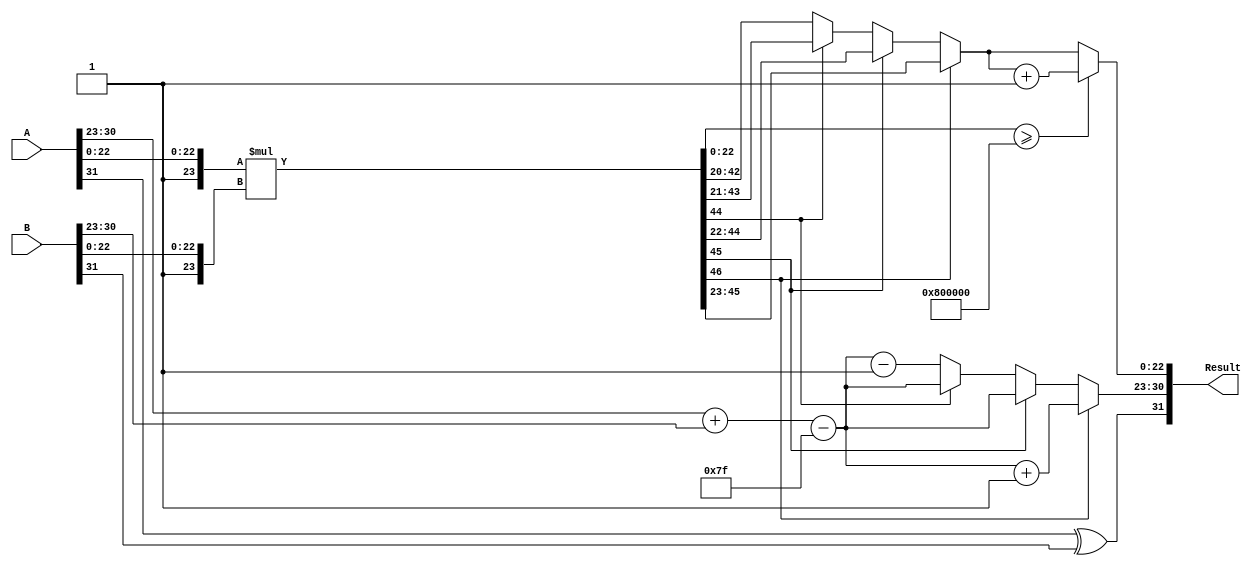
module FloatingPointMultiplier (
    input [31:0] A, // First 32-bit floating-point input
    input [31:0] B, // Second 32-bit floating-point input
    output reg [31:0] Result // 32-bit floating-point output
);

    wire S_A, S_B;          // Sign bits
    wire [7:0] E_A, E_B;    // Exponent bits
    wire [22:0] M_A, M_B;    // Mantissa bits
    wire [23:0] M_A_prime, M_B_prime; // Normalized mantissa (with implicit 1)
    wire [47:0] P;          // Product of mantissas
    reg [7:0] E_R;          // Result exponent
    reg [22:0] M_R;         // Result mantissa
    reg S_R;                // Result sign
    reg [24:0] normalized_M; // Storage for potential normalization
    
    // Constants
    localparam BIAS = 8'd127;
    localparam EXPONENT_WIDTH = 8;
    localparam MANTISSA_WIDTH = 23;
    
    // Decompose input numbers
    assign S_A = A[31];
    assign E_A = A[30:23];
    assign M_A = A[22:0];
    
    assign S_B = B[31];
    assign E_B = B[30:23];
    assign M_B = B[22:0];

    // Normalize mantissas
    assign M_A_prime = {1'b1, M_A}; // 1.M_A
    assign M_B_prime = {1'b1, M_B}; // 1.M_B

    // Multiply mantissas in parallel
    assign P = M_A_prime * M_B_prime; // P is 47 bits long

    // Calculate the sign of the result
    always @* begin
        S_R = S_A ^ S_B; // Result sign
        E_R = E_A + E_B - BIAS; // Result exponent
        
        // Check for normalization
        if (P[46]) begin
            normalized_M = P[46:23];
            E_R = E_R + 1; // Adjust exponent for normalization
        end else if (P[45]) begin
            normalized_M = P[45:22];
        end else if (P[44]) begin
            normalized_M = P[44:21];
        end else begin
            normalized_M = P[43:20];
            // Shift right until leading 1 appears
            E_R = E_R - 1;
        end

        // Rounding
        if (P[22:0] >= 24'h800000) begin // Round to nearest even
            normalized_M = normalized_M + 1;
        end

        // Truncate the mantissa
        M_R = normalized_M[22:0];
        
        // Construct result
        Result = {S_R, E_R[7:0], M_R};
    end
endmodule